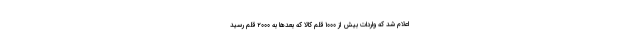
اعلام شد که واردات بیش از ۱۰۰۰ قلم کالا که بعدها به ۲۰۰۰ قلم رسید